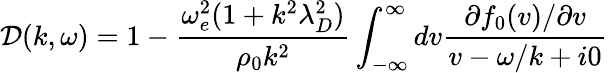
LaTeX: \mathcal{D}(k,\omega)=1-\frac{\omega_{e}^{2}(1+k^{2}\lambda_{D}^{2})}{\rho_{0}k^{2}}\int_{-\infty}^{\infty}dv\frac{\partial f_{0}(v)/\partial v}{v-\omega/k+i0}